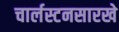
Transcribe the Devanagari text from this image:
चार्लस्टनसारखे